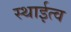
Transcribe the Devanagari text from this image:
स्थाईत्व